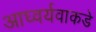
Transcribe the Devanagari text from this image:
आघ्वर्यवाकडे